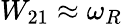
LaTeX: W_{21}\approx\omega_{R}